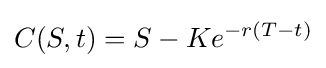
C(S,t)=S-Ke^{-r(T-t)}